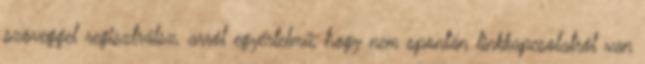
szöveggel regisztrálsz, arról egyértelmű, hogy nem spontán linkkapcsolatról van